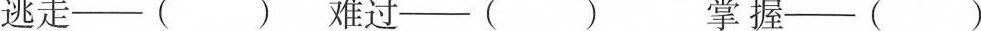
逃走--( ) 难过--( ) 掌握─-( )